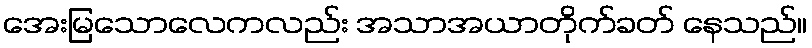
အေးမြသောလေကလည်း အသာအယာတိုက်ခတ် နေသည်။